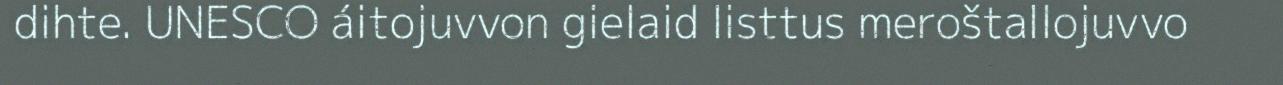
dihte. UNESCO áitojuvvon gielaid listtus meroštallojuvvo